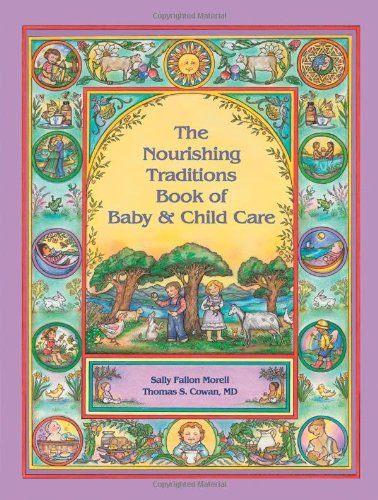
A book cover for The Nourishing Traditions Book of Baby & Child Care; Sally Fallon Morell; Parenting & Relationships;